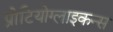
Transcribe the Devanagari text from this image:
प्रोटियोग्लाइकन्स